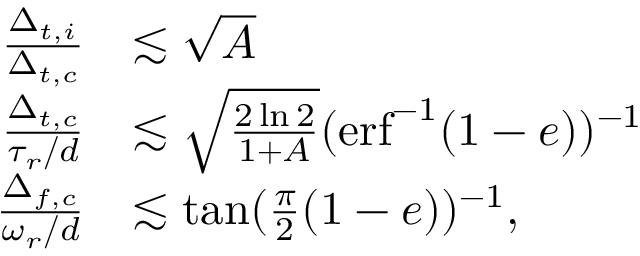
\begin{array} { r l } { \frac { \Delta _ { t , i } } { \Delta _ { t , c } } } & { \lesssim \sqrt { A } } \\ { \frac { \Delta _ { t , c } } { \tau _ { r } / d } } & { \lesssim \sqrt { \frac { 2 \ln { 2 } } { 1 + A } } ( \mathrm { e r f } ^ { - 1 } ( 1 - e ) ) ^ { - 1 } } \\ { \frac { \Delta _ { f , c } } { \omega _ { r } / d } } & { \lesssim \tan ( \frac { \pi } { 2 } ( 1 - e ) ) ^ { - 1 } , } \end{array}